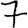
Digit: 7